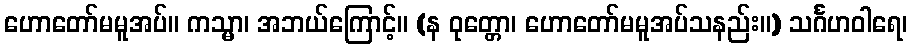
ဟောတော်မမူအပ်။ ကသ္မာ၊ အဘယ်ကြောင့်။ (န ဝုတ္တော၊ ဟောတော်မမူအပ်သနည်း။) သင်္ဂဟဝါရေ၊